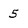
Character: 5